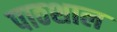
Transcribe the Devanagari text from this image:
पाठशाल